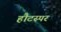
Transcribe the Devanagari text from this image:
हौटस्पर